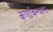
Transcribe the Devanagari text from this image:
कणविन्यास